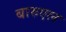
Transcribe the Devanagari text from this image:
बारुएल